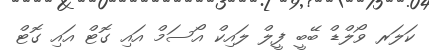
ކަލަރ ވޯލްޑް ބޭބީ ފީލް ލައިކް އޯސަމް އައި ގޮޓް އައި ގޮޓް